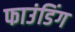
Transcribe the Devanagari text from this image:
फाउंडिंग